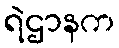
ရဲဌာနက